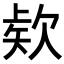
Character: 𭭎